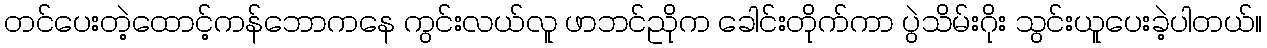
တင်ပေးတဲ့ထောင့်ကန်ဘောကနေ ကွင်းလယ်လူ ဖာဘင်ညိုက ခေါင်းတိုက်ကာ ပွဲသိမ်းဂိုး သွင်းယူပေးခဲ့ပါတယ်။